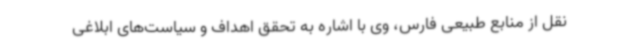
نقل از منابع طبیعی فارس، وی با اشاره به تحقق اهداف و سیاست‌های ابلاغی